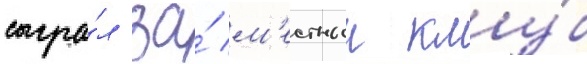
сыгра́л за́ м'естныи клу́б